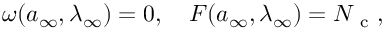
\begin{array} { r } { \omega ( { a } _ { \infty } , \lambda _ { \infty } ) = 0 , \quad F ( { a } _ { \infty } , \lambda _ { \infty } ) = N _ { \mathrm { ~ c ~ } } , } \end{array}